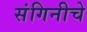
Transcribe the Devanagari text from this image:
संगिनीचे